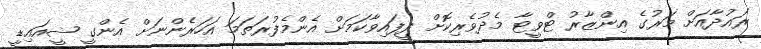
ރައުދާއަށް މަރުގެ އިންޒާރު ޓްވީޓާ މެދުވެރިކޮށް ދީފައިވާކަމަށް އެންމެފުރަތަމަ އަހަރެންނަށް އެންގީ ޝީއައިޑީ